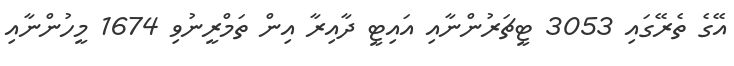
އޭގެ ތެރޭގައި 3053 ޓީޗަރުންނާއި އައިޓީ ދާއިރާ އިން ތަމްރީނުވި 1674 މީހުންނާއި